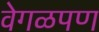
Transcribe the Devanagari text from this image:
वेगळपण